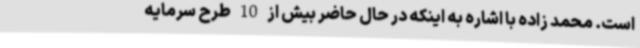
است. محمد زاده با اشاره به اینکه در حال حاضر بیش از 10 طرح سرمایه